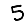
Digit: 5